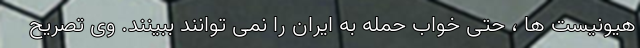
هیونیست ها ، حتی خواب حمله به ایران را نمی توانند ببینند. وی تصریح